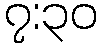
၇:၃၀